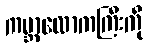
ကမ္ဘာလောကကြီးကို